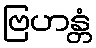
ဗြဟန္တံ